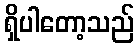
ရှိပါတော့သည်